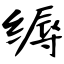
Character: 缛